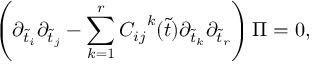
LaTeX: \left( \partial _ { \tilde { t } _ { i } } \partial _ { \tilde { t } _ { j } } - \sum _ { k = 1 } ^ { r } { C _ { i j } } ^ { k } ( \tilde { t } ) \partial _ { \tilde { t } _ { k } } \partial _ { \tilde { t } _ { r } } \right) \Pi = 0 ,